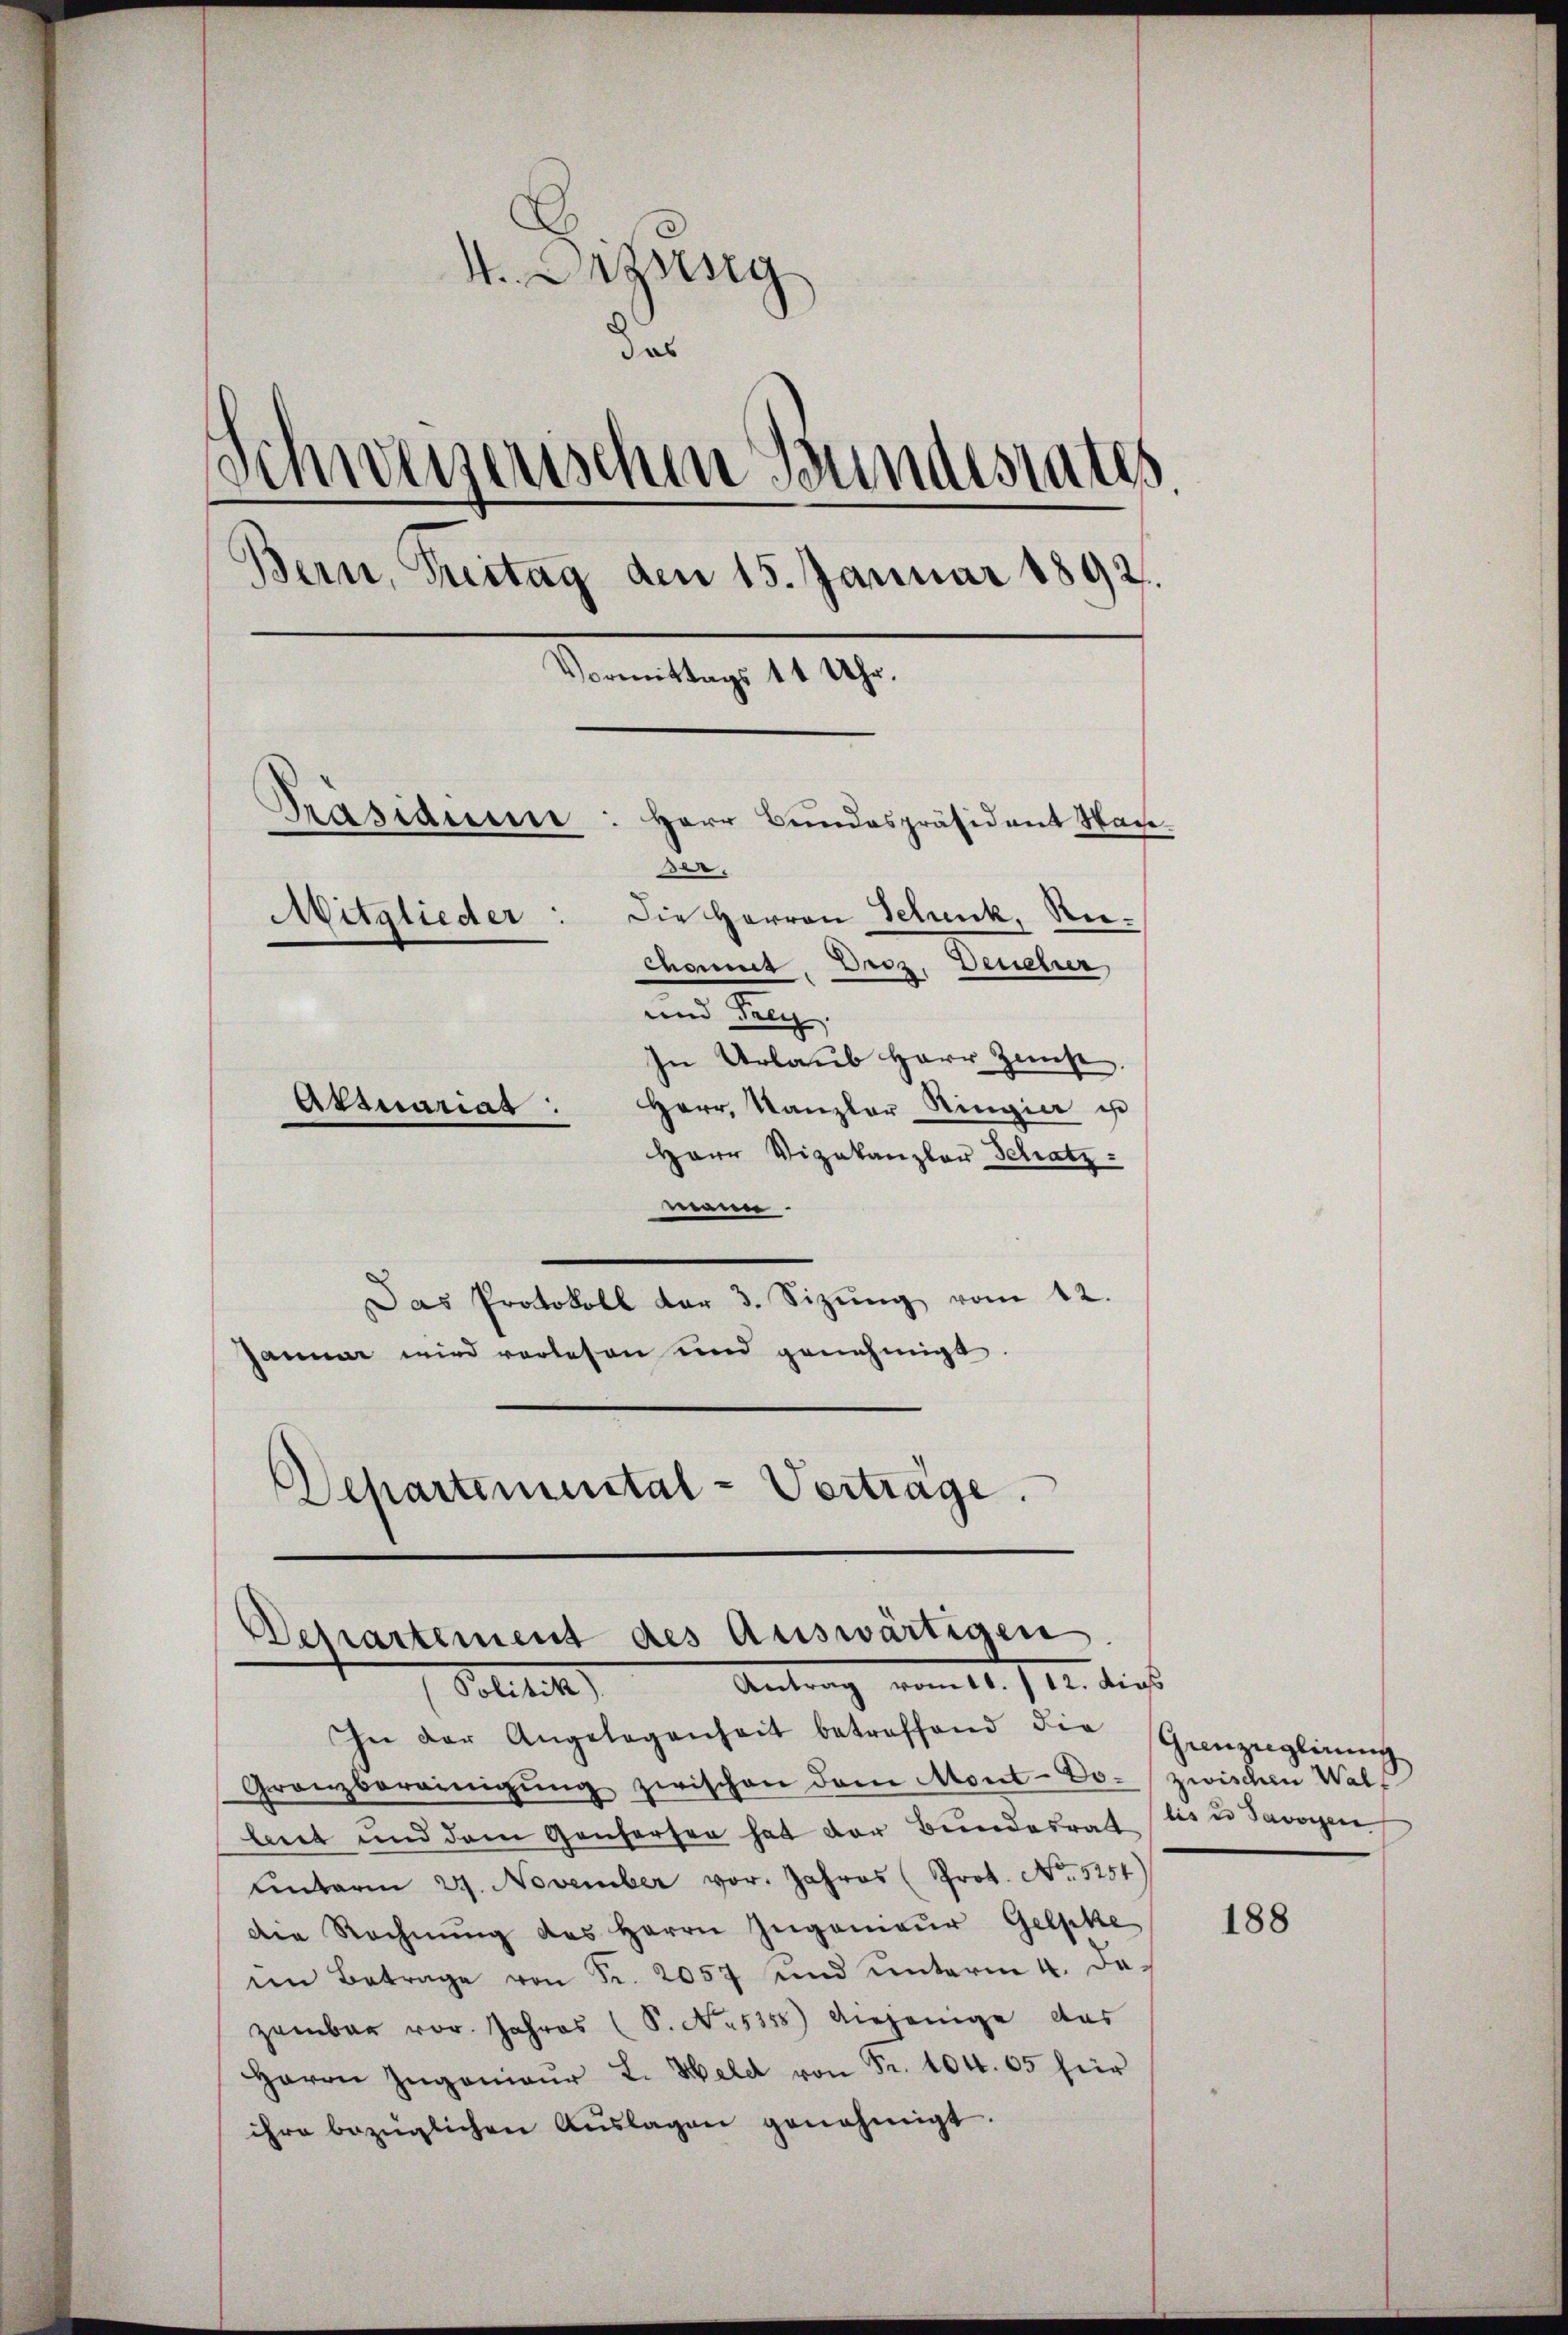
V. Anzeig
das
Schweizerischen Bundestates.
Bern, Treitag den 15. Januar 1892.
Vormittags 11 Uhr.
Präsidium
Herr Bundespräsident Nac
e.
Mitglieder: Die Herren Tetunk, Rechont. Droz, Deuehrer
und Frey.
In Urlaub Herr Zust
Attuarias:
Herr Kanzler Ringier ist

Herr Vizakanzler Schatz
mann.
Das Protokoll der 3. Sizŭng vom 12.
janmer wird verlesen und genehmigt.
Departemental-Verträge.
Departement des Auswärtigen

Antrag vom 11. J. 17. dies
Solitik

In der Angelegenheit betreffend die Grenzeglirung
Granzbereinigŭng zwischen dem Mont-Do- zwischen Walt
biet und dem Genferten hat der Bŭndesrat des u Savoyen
ŭnterm 27. November vor. Jahres (Prot. No 5254
Die Rechnŭng des Herrn Ingenieŭr Gelpke
im Betrage von Fr. 2057 und unterm 4. Da-
zember vor. Jahres (S. No. 5358) diejenige das
Herrn Ingenieŭr L. Held von Fr. 104. 65 für
ihre bezüglichen Aŭslagen genehmigt.

188